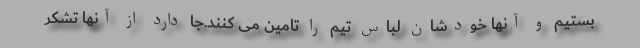
بستیم و آنها خودشان لباس تیم را تامین می کنند.جا دارد از آنها تشکر